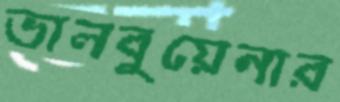
ভালবুয়েনার